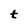
Character: t